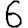
Digit: 6